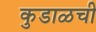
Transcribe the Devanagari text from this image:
कुडाळची